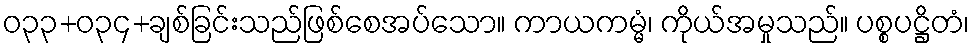
ဝ၃၃+၀၃၄+ချစ်ခြင်းသည်ဖြစ်စေအပ်သော။ ကာယကမ္မံ၊ ကိုယ်အမှုသည်။ ပစ္စပဋ္ဌိတံ၊